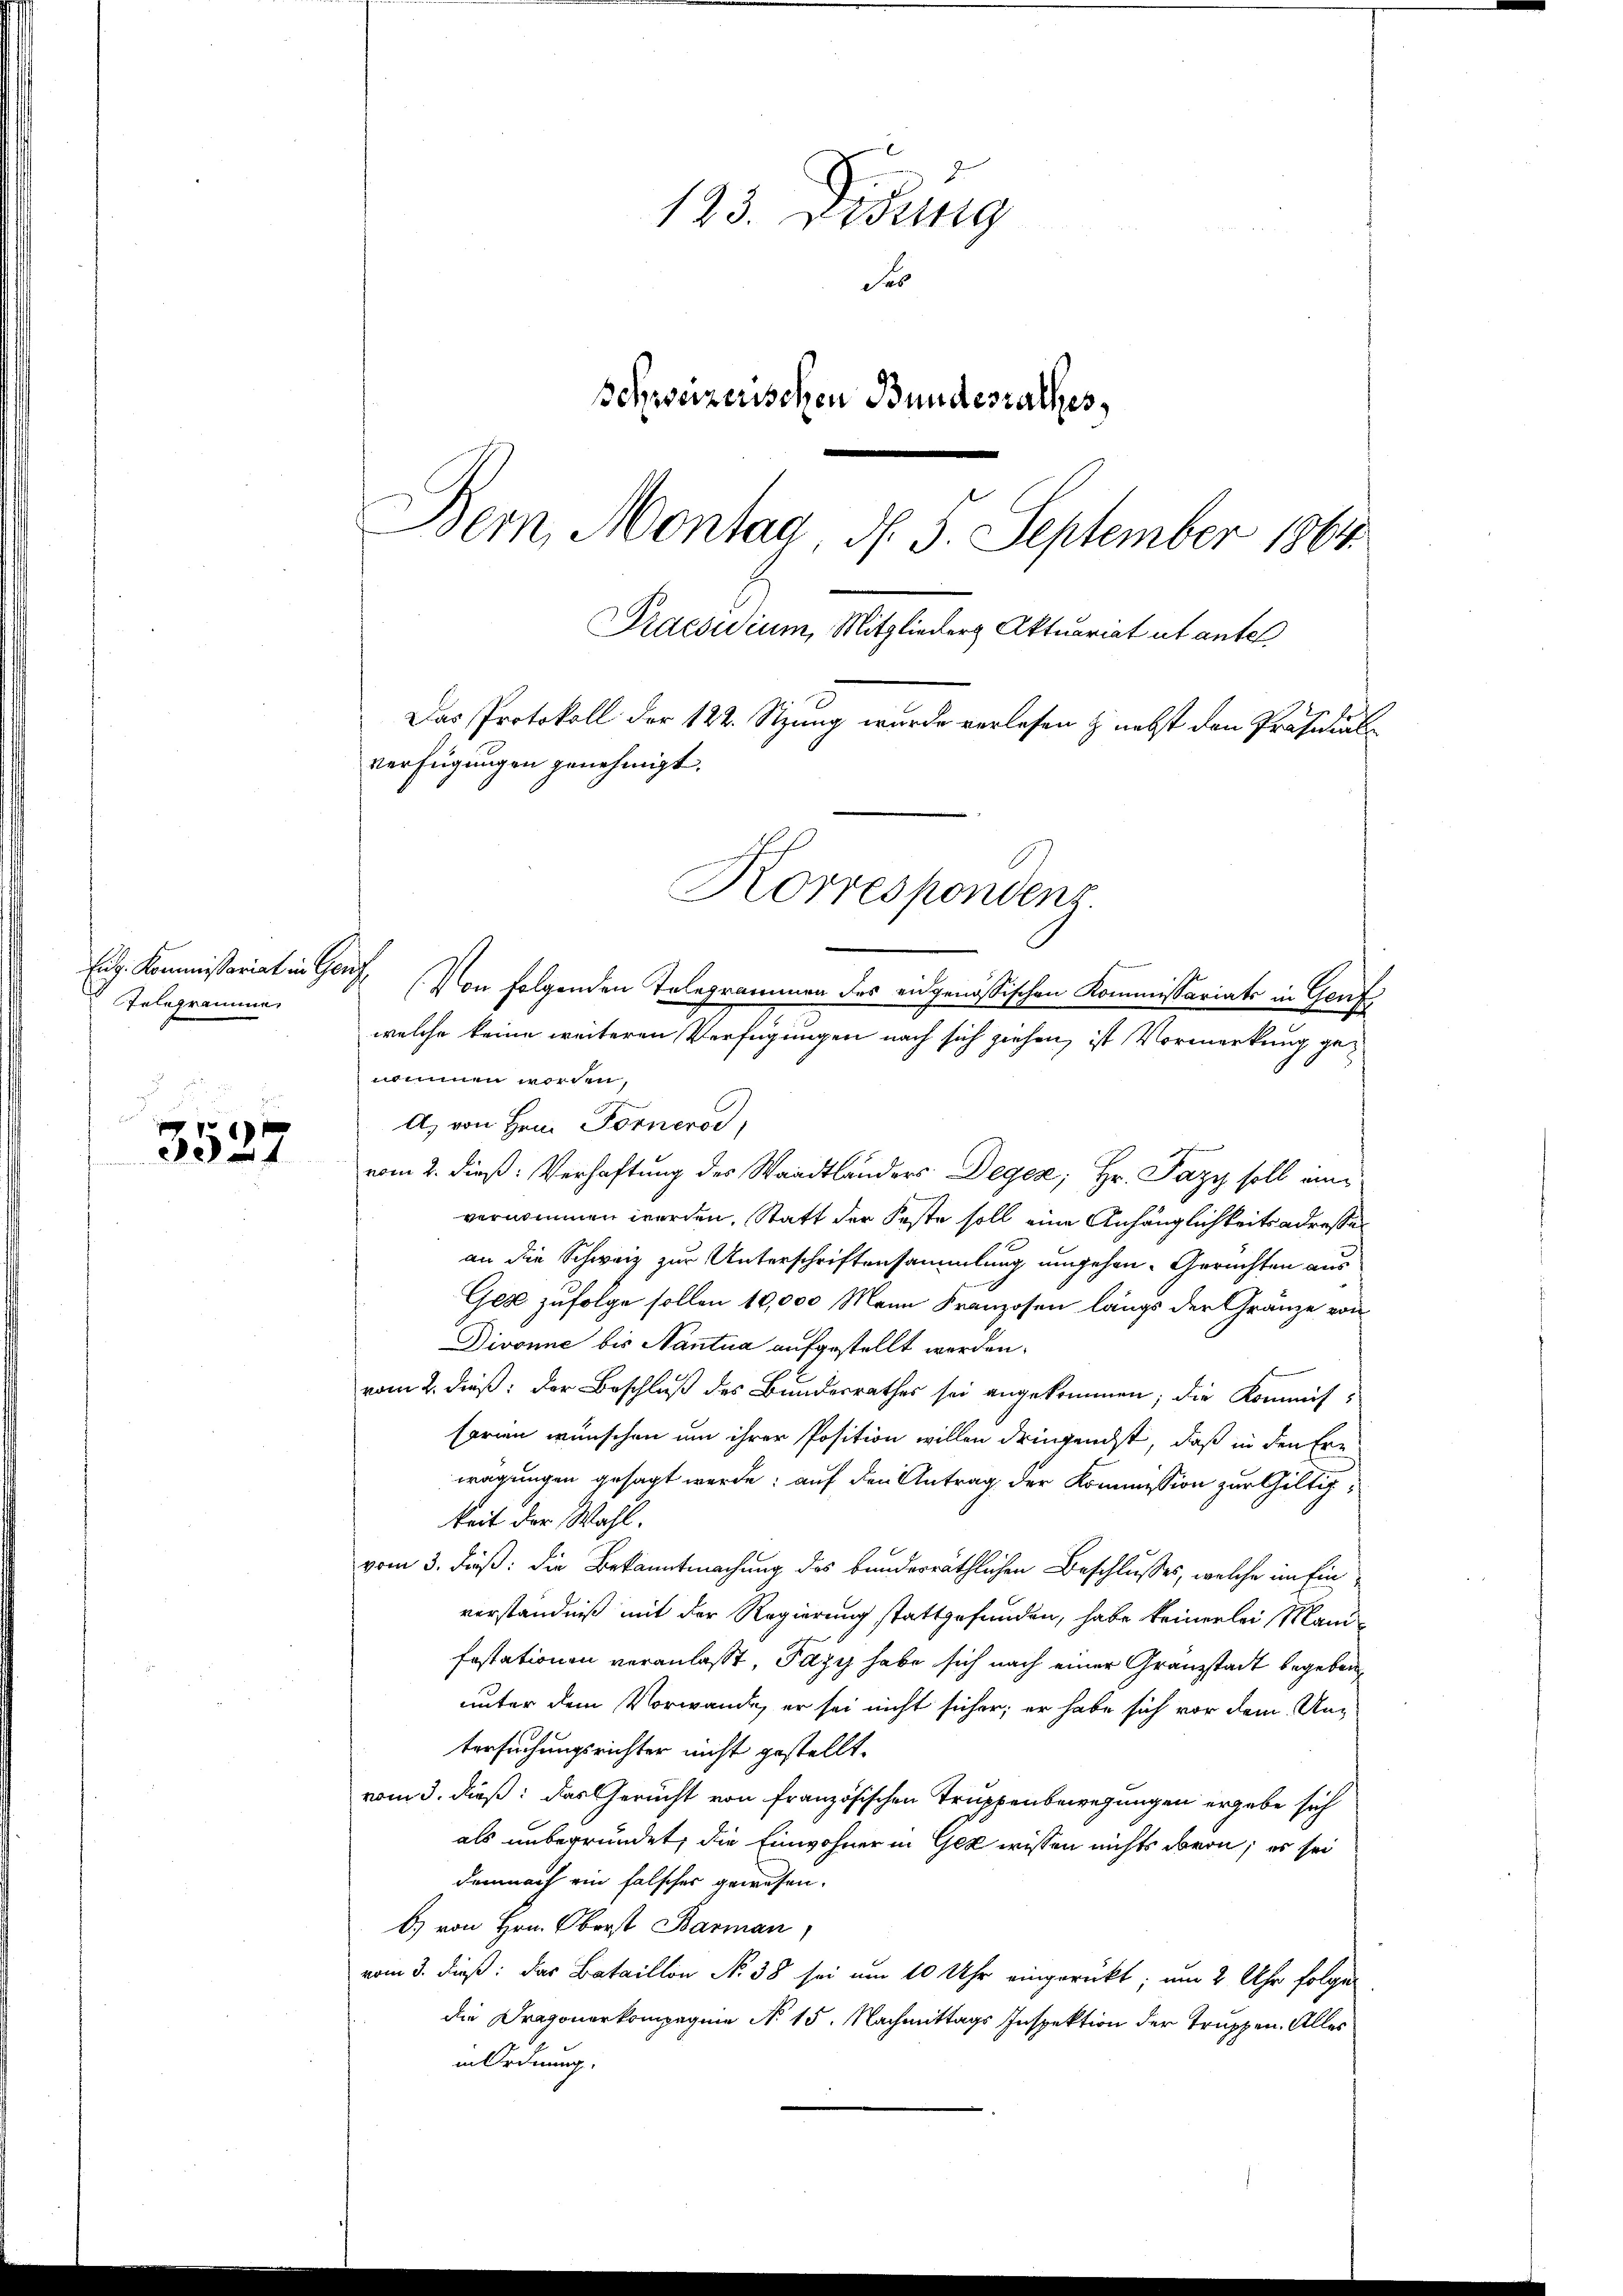
Eug. Kommissariat in Genfe
Telegrame

3527

123. Etting
Se
Schweizerischen Bundesrathes,
Bern, Montag, d. 5. September 1864
Praesidium, Mitglieder Aktuariat ut antel

Korrespondenz.
(Von folgenden Telegrammen des eidgenössischen Kommissariats in Genf

welche keine weiteren Verfügungen nach sich ziehen, ist Vormerkung genommen worden,
A.) von Hern Fornerod,
vom 2. dieß: Verhaftung des Waadtländers Deger; Hr. Pazy soll einvernommen werden, Statt der Feste soll eine Anhänglichkeits adresse
an die Schweiz zur Unterschriftensammlung umgehen. Gerichten aus
Ges zufolge sollen 10,000 Mann Franzosen längs der Granze von
Divonne bis Nantua aufgestellt werden.
vom 2. dieß: der Beschluß des Bundesrathes sei angekommen; die Kommitsorien wünschen um ihrer Position willen dringendst, daß in den Erwägungen gesagt werde; auf den Antrag der Kommission zur Giltikeit der Wahl.
vom 3. Fuß: die Bekanntmachung des bunderräthlichen Beschlusses, welche im Einverständniß mit der Regierung stattgefunden, habe keinerlei Manifestationen veranlasst, Pazy habe sich nach einer Granzstadt begeben,
unter dem Vorwande, er sei nicht sicher; er habe sich vor dem Untersuchungsrichter nicht gestellt.
vom 3. dieß: das Gericht von Französischen Truppenbewegungen ergebe sich
als unbegründet, die Einwohner in Gez wissen nichts davon; es sei
demnach ein falscher gewesen.
b) von Hrn. Oberst Barman
vom 3. dieß: Das Bataillon N. 38 sei um 10 Uhr eingerückt; um 2 Uhr folgen
die Dragonerkompagnie No. 15. Nachmittags Inspektion der Truppen. Alles
in Ordnung.

verfügungen genehmigt.

Das Protokoll der 122. Stzung wurde verlesen & nebst den Präsidial¬